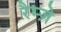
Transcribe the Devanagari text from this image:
रैम्ज़े